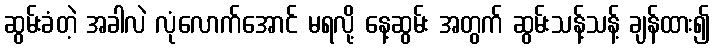
ဆွမ်းခံတဲ့ အခါလဲ လုံလောက်အောင် မရလို့ နေ့ဆွမ်း အတွက် ဆွမ်းသန့်သန့် ချန်ထား၍